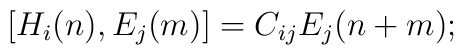
[ H_{i}(n) , E_{j}(m) ] = C_{ij}E_{j}(n + m) ;